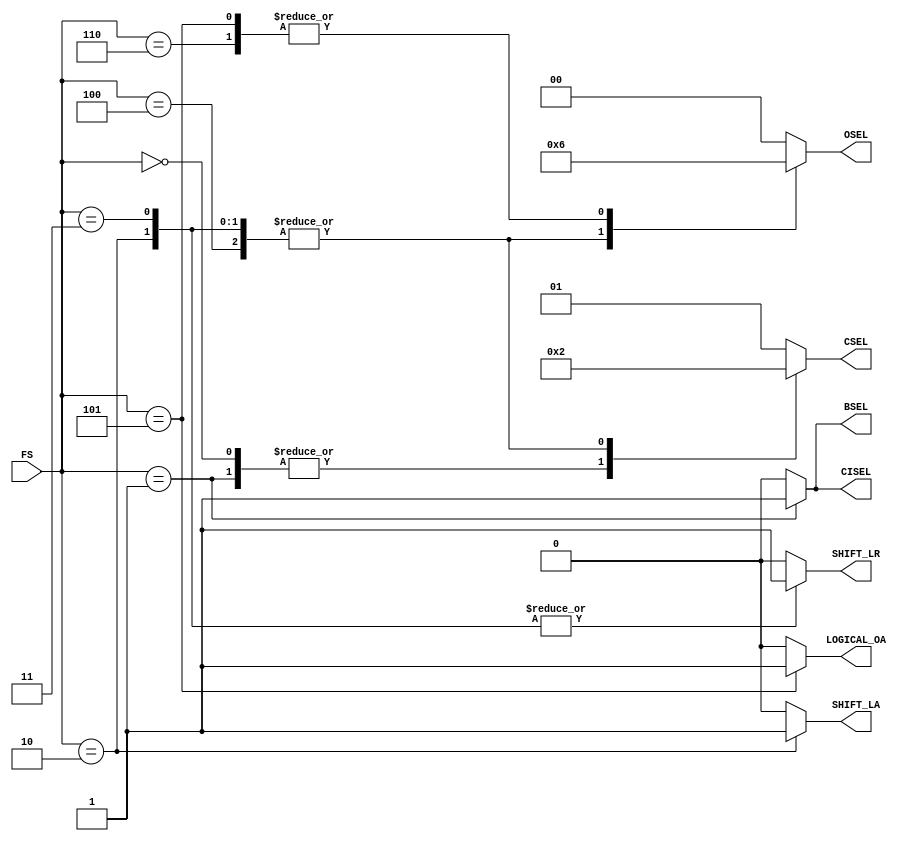
module control(FS, BSEL, CISEL, OSEL, SHIFT_LA, SHIFT_LR, LOGICAL_OA, CSEL); // add other outputs here

  // inputs
  input  [2:0]  FS;

  // constants for the function select
  // good practice that helps readablity
  // and save you from typing lots of numerical constants
  localparam FS_ADD = 3'b000;
  localparam FS_SUB = 3'b001;
  localparam FS_SRA = 3'b010;
  localparam FS_SRL = 3'b011;
  localparam FS_SLL = 3'b100;
  localparam FS_AND = 3'b101;
  localparam FS_OR  = 3'b110;

  /* ADD YOUR CODE BELOW THIS LINE */

  // outputs (add others here)
  output reg BSEL, CISEL, SHIFT_LA, SHIFT_LR, LOGICAL_OA;
  output reg [1:0] OSEL, CSEL;
  

  // constants for outputs (you can add more)
  // good practice that helps readablity
  // and save you from typing lots of numerical constants
  localparam BSEL_B  = 1'b0;
  localparam BSEL_BN = 1'b1;
  localparam CISEL_ADD = 1'b0;
  localparam CISEL_SUB = 1'b1;
  localparam OSEL_ADDER = 2'd0;
  localparam OSEL_SHIFT = 2'd1;
  localparam OSEL_LOGICAL = 2'd2;
  localparam CSEL_ADDER = 2'd0;
  localparam CSEL_ZERO = 2'd1;
  localparam CSEL_SHIFT = 2'd2;
  localparam SHIFT_LA_ARITHMETIC = 1'b1;
  localparam SHIFT_LA_LOGICAL = 1'b0;
  localparam SHIFT_LR_RIGHT = 1'b1;
  localparam SHIFT_LR_LEFT = 1'b0;
  localparam LOGICAL_OA_AND = 1'b1;
  localparam LOGICAL_OA_OR = 1'b0;
  localparam DONT_CARE = 1'b0;

  // internal variables (you can add more)

  // implement the control logic here
  always @(*) begin
    case (FS)
      FS_ADD: begin
        BSEL = BSEL_B;
		  CISEL = CISEL_ADD;
		  OSEL = OSEL_ADDER;
		  SHIFT_LA = DONT_CARE;
		  SHIFT_LR = DONT_CARE;
		  LOGICAL_OA = DONT_CARE; 
		  CSEL = CSEL_ADDER;
      end
		
      FS_SUB: begin
        BSEL = BSEL_BN;
		  CISEL = CISEL_SUB;
		  OSEL = OSEL_ADDER;
		  SHIFT_LA = DONT_CARE;
		  SHIFT_LR = DONT_CARE;
		  LOGICAL_OA = DONT_CARE; 
		  CSEL = CSEL_ADDER;
      end
		
		FS_SRA: begin
        BSEL = DONT_CARE;
		  CISEL = DONT_CARE;
		  OSEL = OSEL_SHIFT;
		  SHIFT_LA = SHIFT_LA_ARITHMETIC;
		  SHIFT_LR = SHIFT_LR_RIGHT;
		  LOGICAL_OA = DONT_CARE; 
		  CSEL = CSEL_SHIFT;
      end
		
		FS_SRL: begin
        BSEL = DONT_CARE;
		  CISEL = DONT_CARE;
		  OSEL = OSEL_SHIFT;
		  SHIFT_LA = SHIFT_LA_LOGICAL;
		  SHIFT_LR = SHIFT_LR_RIGHT;
		  LOGICAL_OA = DONT_CARE; 
		  CSEL = CSEL_SHIFT;
      end
		
		FS_SLL: begin
        BSEL = DONT_CARE;
		  CISEL = DONT_CARE;
		  OSEL = OSEL_SHIFT;
		  SHIFT_LA = SHIFT_LA_LOGICAL;
		  SHIFT_LR = SHIFT_LR_LEFT;
		  LOGICAL_OA = DONT_CARE; 
		  CSEL = CSEL_SHIFT;
      end
		
		FS_AND: begin
        BSEL = DONT_CARE;
		  CISEL = DONT_CARE;
		  OSEL = OSEL_LOGICAL;
		  SHIFT_LA = DONT_CARE;
		  SHIFT_LR = DONT_CARE;
		  LOGICAL_OA = LOGICAL_OA_AND; 
		  CSEL = CSEL_ZERO;
      end
		
		FS_OR: begin
        BSEL = BSEL_B;
		  CISEL = DONT_CARE;
		  OSEL = OSEL_LOGICAL;
		  SHIFT_LA = DONT_CARE;
		  SHIFT_LR = DONT_CARE;
		  LOGICAL_OA = LOGICAL_OA_OR; 
		  CSEL = CSEL_ZERO;
      end
		
      default: begin
        BSEL = BSEL_B;
		  CISEL = DONT_CARE;
		  OSEL = 2'd0;
		  SHIFT_LA = DONT_CARE;
		  SHIFT_LR = DONT_CARE;
		  LOGICAL_OA = DONT_CARE; 
		  CSEL = CSEL_ZERO;
      end
    endcase
  end

  /* ADD YOUR CODE ABOVE THIS LINE */

endmodule